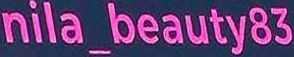
nila_beauty83